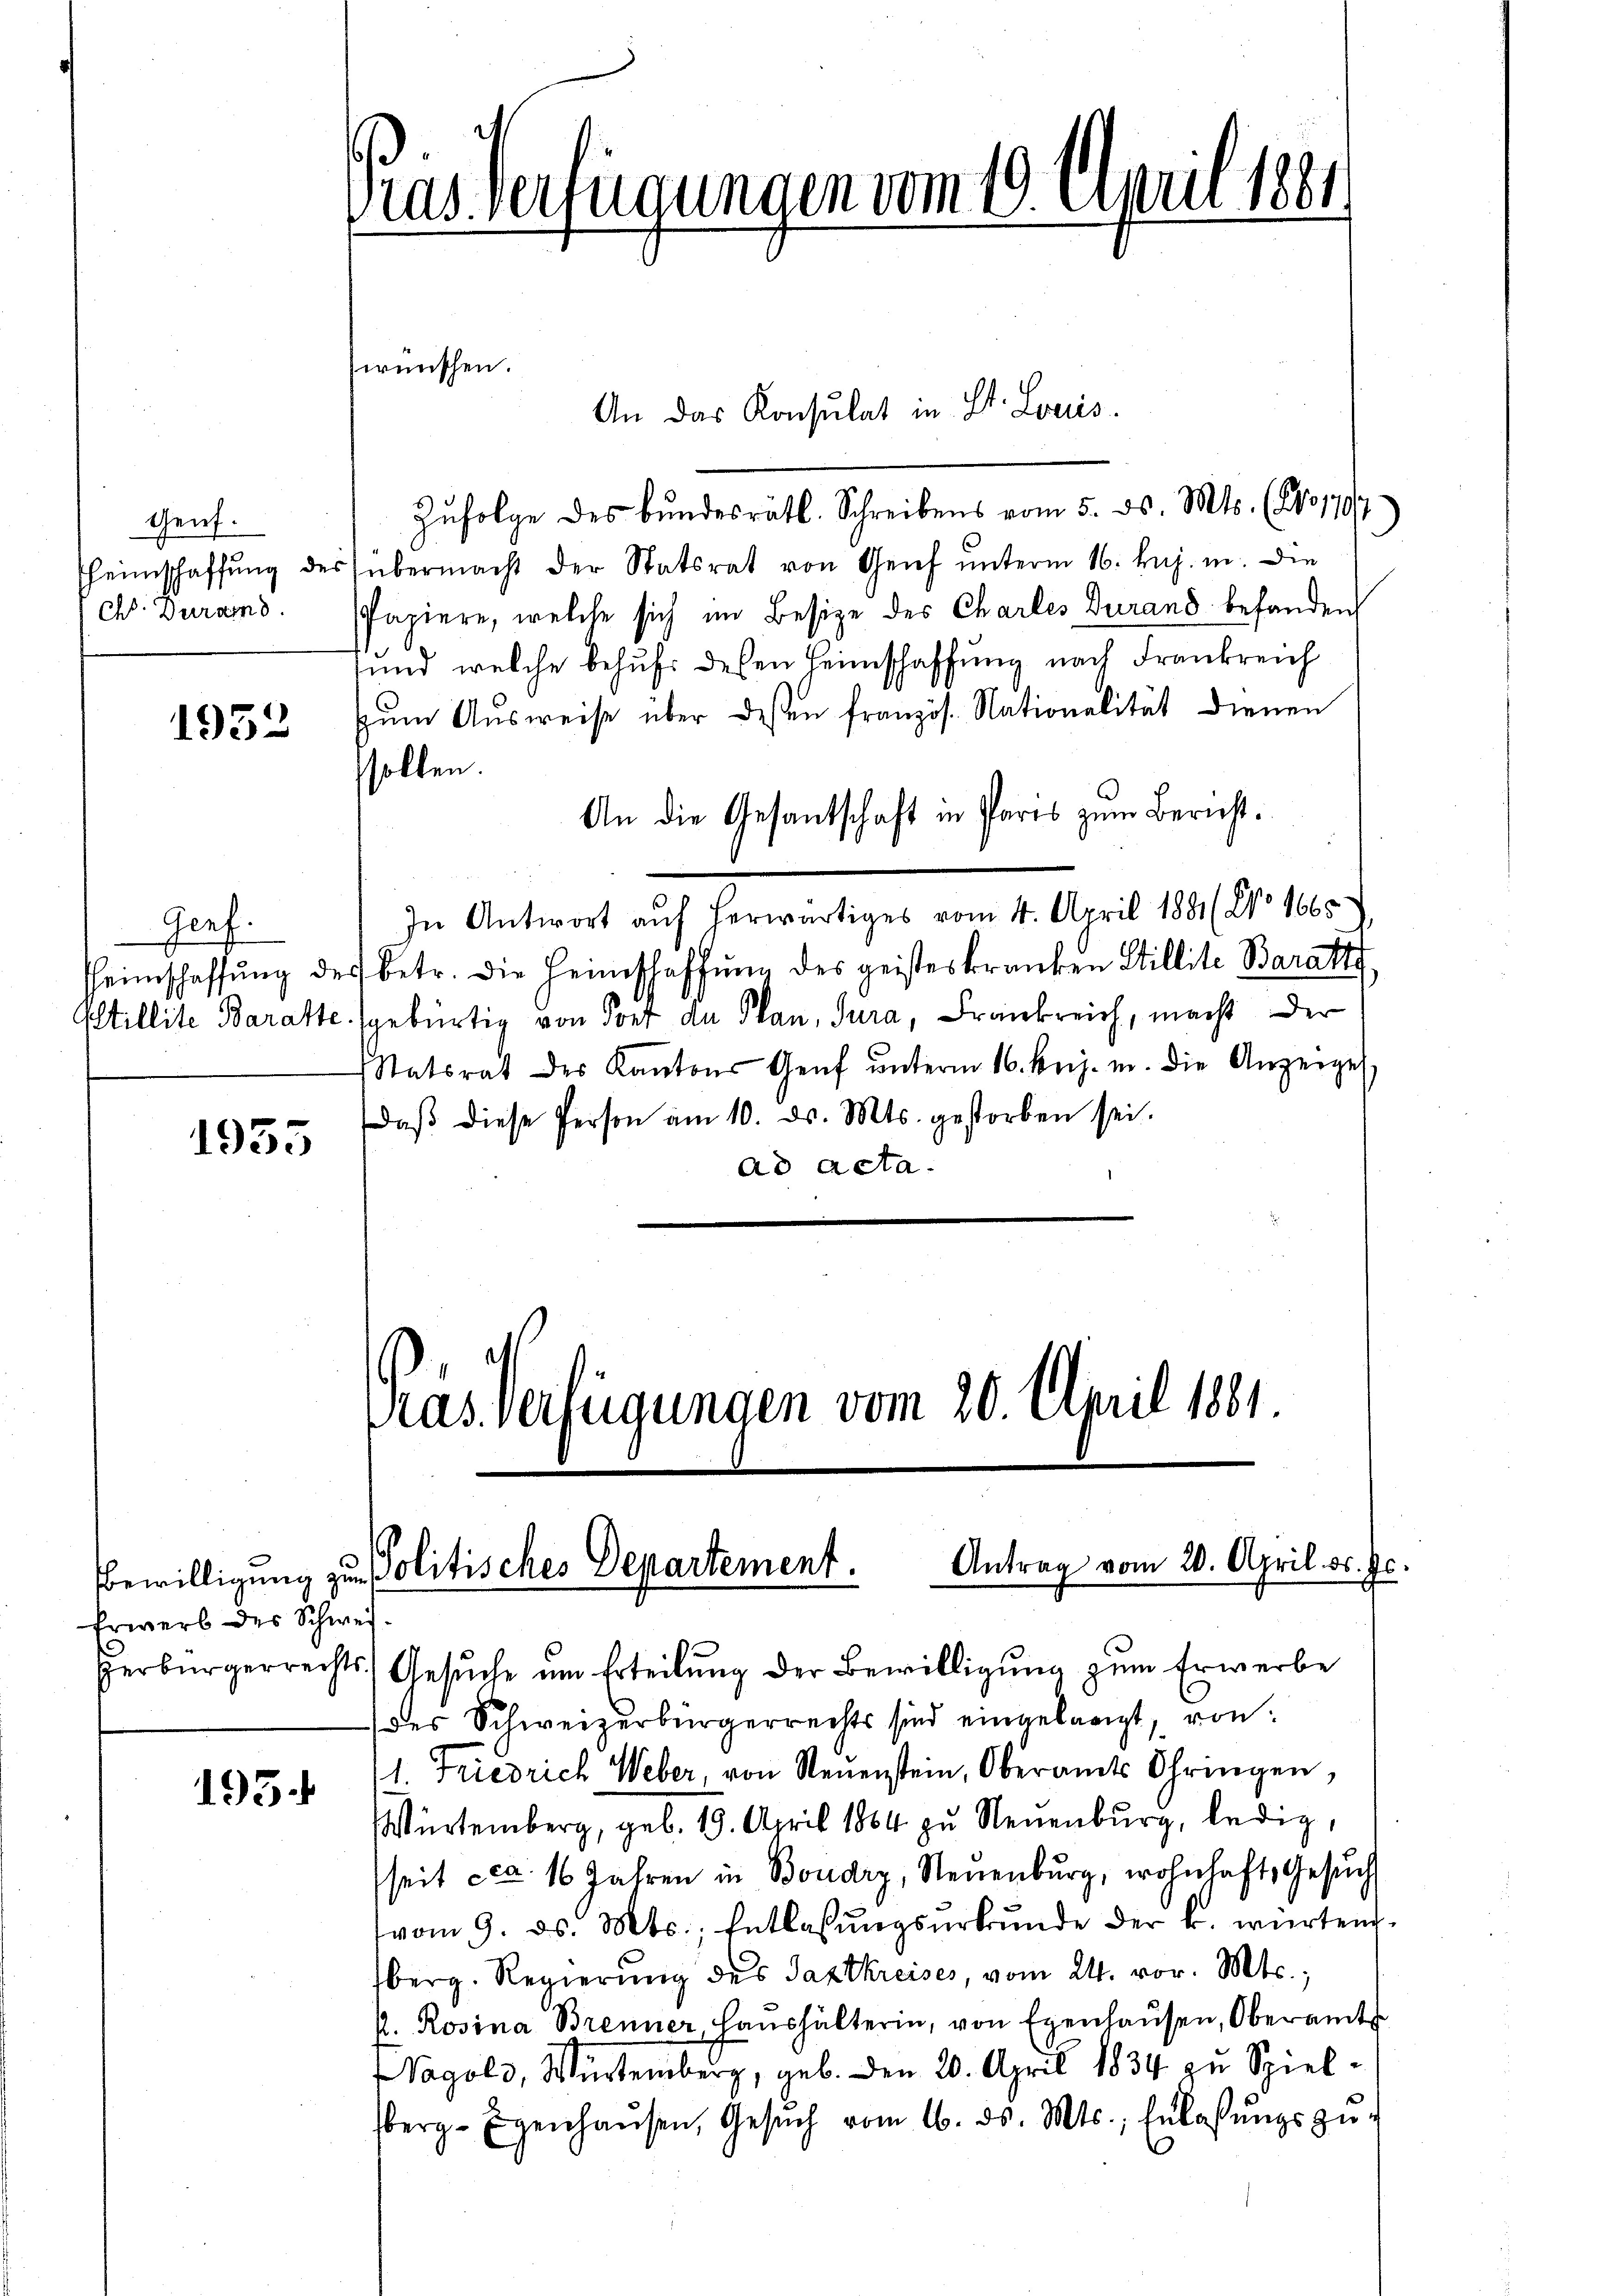
Genf.
heimschaffung de
ch. Duramd.

1952

Genf.

1935

Erwerb des Schwei

195.

Pras Verfügungen vom 10. April 1884

An das Konsulat in St. Louis.
Zufolge des Bundesrätl. Schreibens vom 5. ds. Mts. (1517/
übermacht der Statsrat von Genf unterm 16. huj. in. Die
Papiere, welche sich im Besize des Charles durand befanden
sund welche behufs dessen Heimschaffung nach Frankreich
zŭm Aŭsweise über dessen französ. Nationalität dienen
sollen.
An die Gesantschaft in Paris zum Bericht.
In Antwort auf herwärtiges vom 4. April 1881 (No 1665
heimschaffŭng des betr. die Heimschaffung des geisteskranken Stillite Baratt
Estillite Baratte gebürtig von Torf an Plan, Jura, Frankreich, macht der
Statsrat des Kantons Genf ŭnterm 16. huj. m. die Anzeige,
daβ diese Person am 10. ds. Mts. gestorben sei.
ad acta.
Vias verfügungen vom 20. April 1881.

wünschen.

Antrag vom 20. April d. Js.
Bewilligung zu Politisches Departement.

Herbürgerrechts Gesŭche um Erteilung der Bewilligung zum Erwerbe
des Schweizerbürgerrechts sind eingelangt, von
1. Friedrich Weber, von Neuenstein, Oberamts Ohringen,
Würtemberg, geb. 19. April 1864 zu Neuenburg, ledig,
seit cca. 16 Jahren in Boudry, Neuenburg, wohnhaft, Gesuch
vom 9. ds. Mts., Entlassŭngsŭrkŭnde der k. würtem
berg. Regierung des Taxtkreises, vom 24. vor. Mts.,
k. Rosina Brenner, Haŭshälterin, von Egenhaŭsen, Oberamt
Vagold, Würtemberg, geb. den 20. April 1834 zu Spiel-
berg-Eigenhaŭsen, Gesŭch vom 16. ds. Mts., Erlassŭngszŭ-